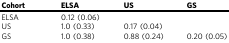
| Cohort | ELSA | US | GS |
 | --- | --- | --- | --- |
 | ELSA | 0.12 (0.06) |  |  |
 | US | 1.0 (0.33) | 0.17 (0.04) |  |
 | GS | 1.0 (0.38) | 0.88 (0.24) | 0.20 (0.05) |